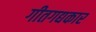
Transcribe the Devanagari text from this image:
गीतगद्यकार